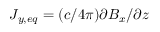
J _ { y , e q } = ( c / 4 \pi ) \partial B _ { x } / \partial z